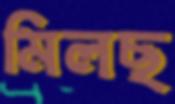
মিলছ